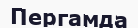
Пергамда